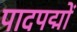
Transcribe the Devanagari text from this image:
पादपद्मों